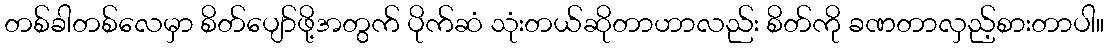
တစ်ခါတစ်လေမှာ စိတ်ပျော်ဖို့အတွက် ပိုက်ဆံ သုံးတယ်ဆိုတာဟာလည်း စိတ်ကို ခဏတာလှည့်စားတာပါ။